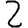
Digit: 2